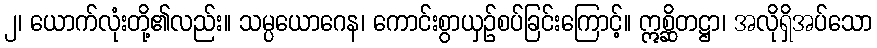
၂၊ ယောက်လုံးတို့၏လည်း။ သမ္ပယောဂေန၊ ကောင်းစွာယှဉ်စပ်ခြင်းကြောင့်။ ဣစ္ဆိတဋ္ဌာ၊ အလိုရှိအပ်သော